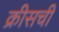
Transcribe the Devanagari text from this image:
क्रीसची